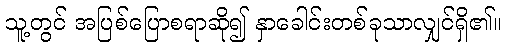
သူ့တွင် အပြစ်ပြောစရာဆို၍ နှာခေါင်းတစ်ခုသာလျှင်ရှိ၏။